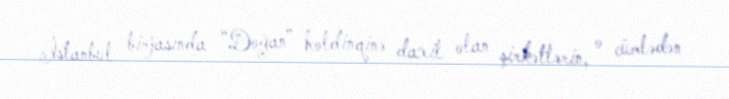
İstanbul birjasında “Doğan” holdinqinə daxil olan şirkətlərin, o cümlədən